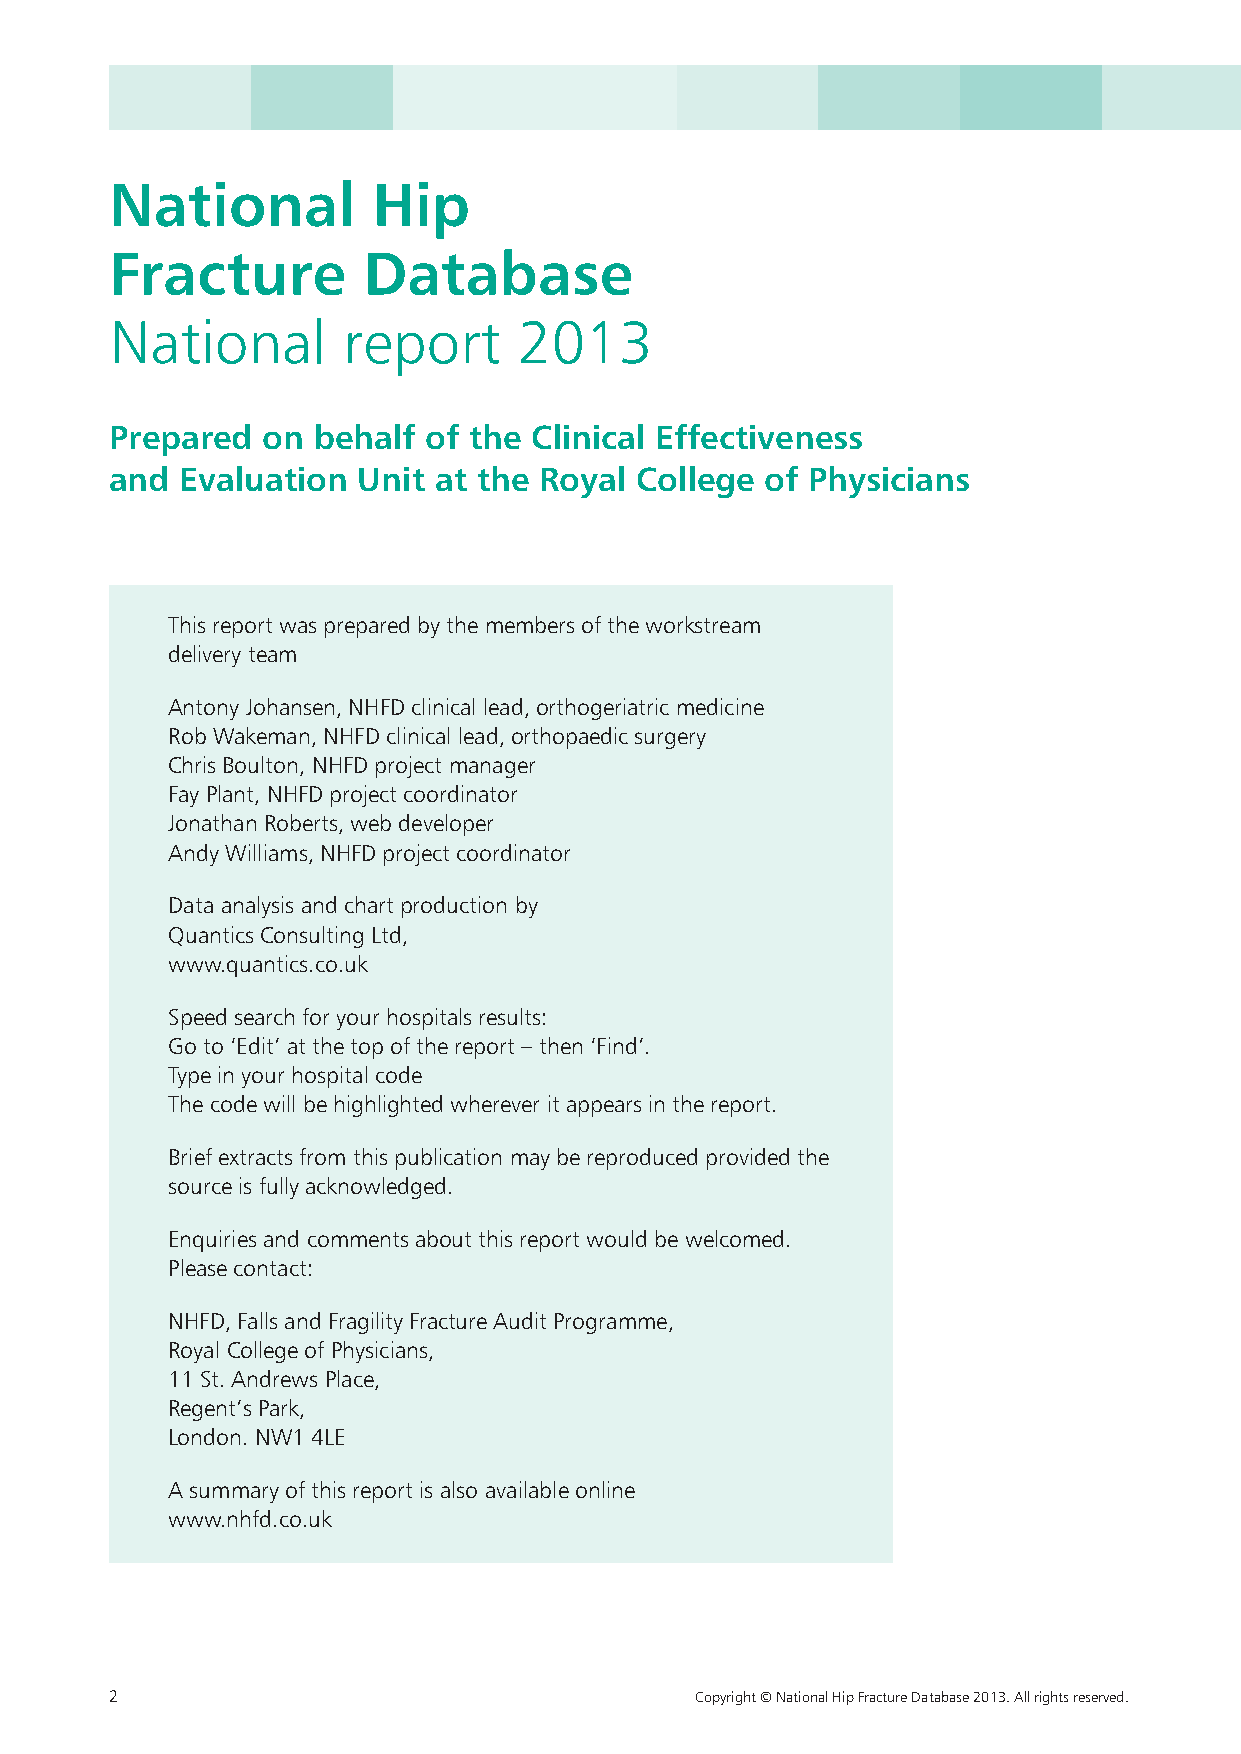
National          Hip
 Fracture         Database
 National        report     2013
 Prepared  on  behalf of the Clinical Effectiveness
 and  Evaluation  Unit at the Royal College  of Physicians
 This report was prepared by the members of the workstream
 delivery team
 Antony Johansen, NHFD clinical lead, orthogeriatric medicine
 Rob Wakeman, NHFD clinical lead, orthopaedic surgery
 Chris Boulton, NHFD project manager
 Fay Plant, NHFD project coordinator
 Jonathan Roberts, web developer
 Andy Williams, NHFD project coordinator
 Data analysis and chart production by
 Quantics Consulting Ltd,
 www.quantics.co.uk
 Speed search for your hospitals results:
 Go to ‘Edit’ at the top of the report – then ‘Find’.
 Type in your hospital code
 The code will be highlighted wherever it appears in the report.
 Brief extracts from this publication may be reproduced provided the
 source is fully acknowledged.
 Enquiries and comments about this report would be welcomed.
 Please contact:
 NHFD, Falls and Fragility Fracture Audit Programme,
 Royal College of Physicians,
 11 St. Andrews Place,
 Regent’s Park,
 London. NW1 4LE
 A summary of this report is also available online
 www.nhfd.co.uk
 2                                      Copyright © National Hip Fracture Database 2013. All rights reserved.